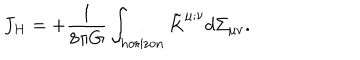
J _ { H } = + { \frac { 1 } { 8 \pi G } } \int _ { \mathrm { h o r i z o n } } \tilde { K } ^ { \mu ; \nu } d \Sigma _ { \mu \nu } .